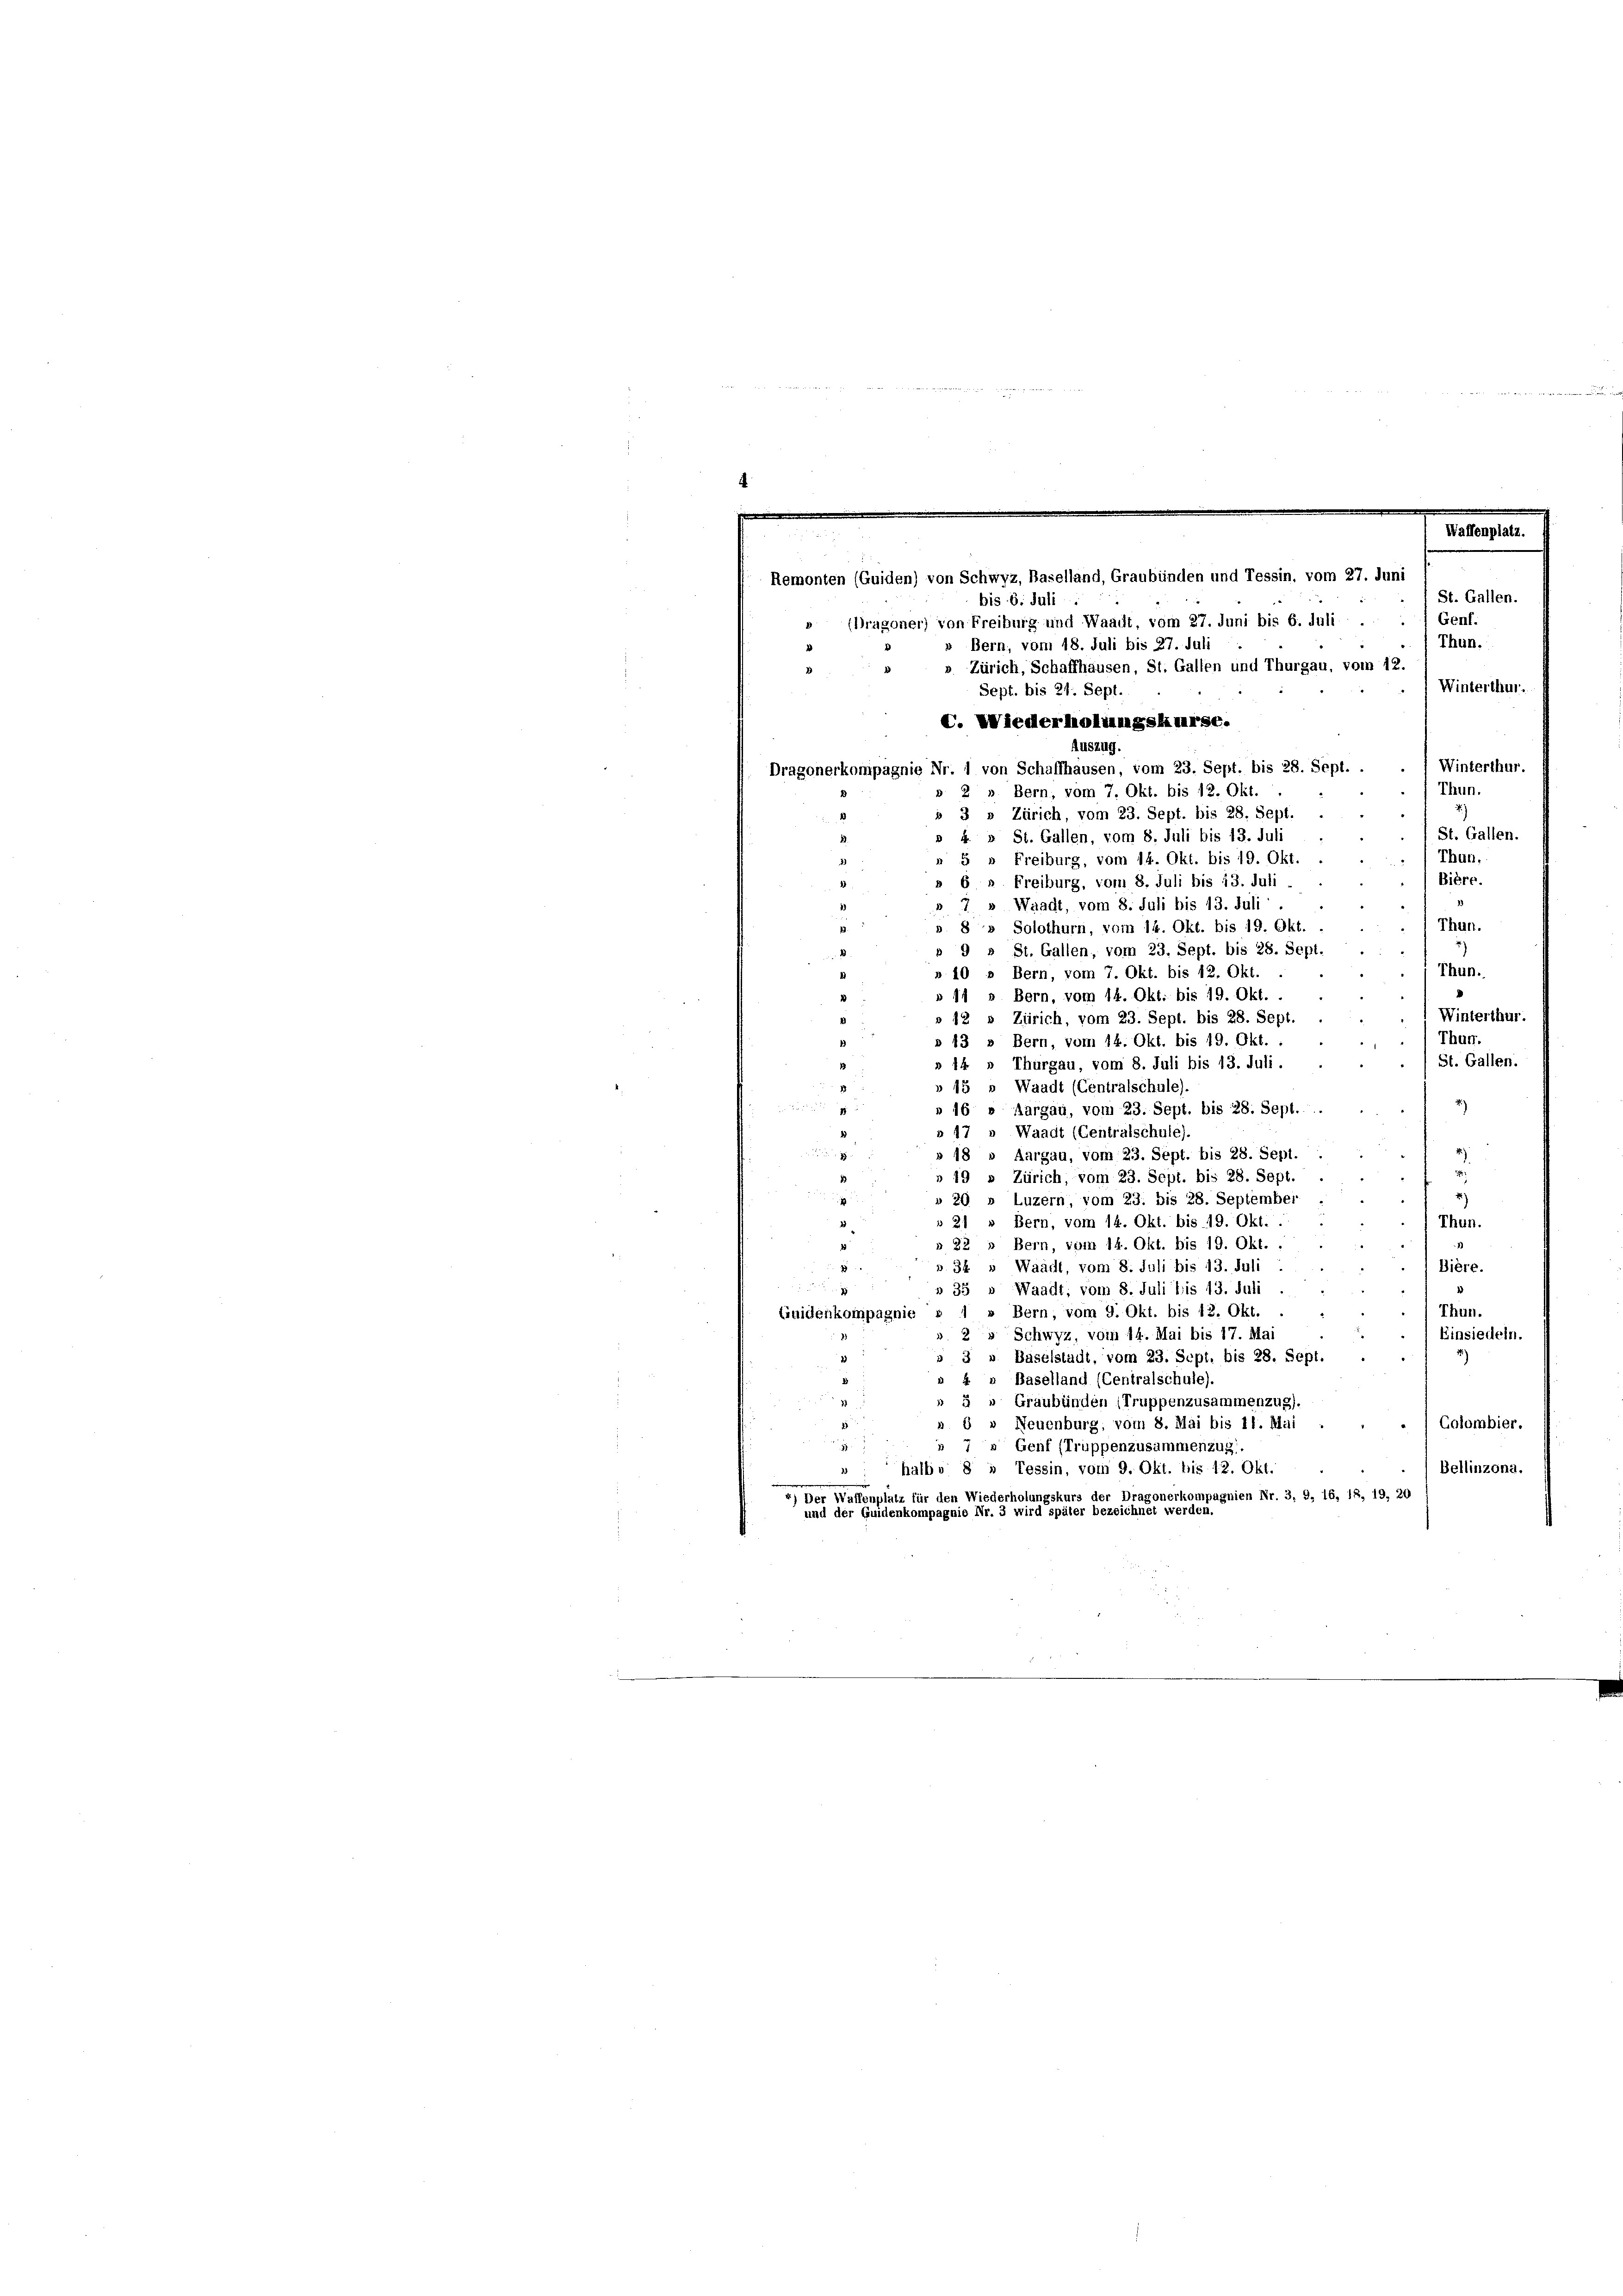
11 11 Mai 1884 28/

Thun.
» Bern, vom 18. Juli bis 27. Juli
v. Zürich, Schaffhausen, St. Gallen und Thurgau, vom 12.
.
Winterthur.
Sept. bis 21. Sept.
C. Wiederholungskurse.
Auszug.
Winterthur.
Dragonerkompagnie Nr. 1 von Schaffhausen, vom 23. Sept. bis 28. Sept. .
Thun.
Bern; vom 7. Okt. bis 12. Okt.
2
2.)
 3 » Zürich, vom 23. Sept. bis 28. Sept.
St. Gallen.
» 4. u St. Gallen, vom 8. Juli bis 13. Juli
Thun.
5 » Freiburg, vom 14. Okt. bis 19. Okt.
Bière.
6 " Freiburg, vom 8. Juli bis 13. Juli
28
7» Waadt, vom 8. Juli bis 13. Juli
Thun.
» 8» Solothurn, vom 14. Okt. bis 19. Okt.
» 9 » St. Gallen, vom 23. Sept. bis 28. Sept.
)
Thun.
» 10 » Bern, vom 7. Okt. bis 12. Okt.
2
Bern, vom 14. Okt. bis 19. Okt. .
 11
Winterthur.
12 » Zürich, vom 23. Sept. bis 28. Sept.
Thurr.
s 13 » Bern, vom 14. Okt. bis 19. Okt. .
St. Gallen.
14 » Thurgau, vom 8. Juli bis 13. Juli.
45 » Waadt (Centralschule).
2
16 » Aargau, vom 23. Sept. bis 28. Sept.
 47 » Waadt (Centralschule)
» 18 » Aargau, vom 23. Sept. bis 28. Sept.
.
» 49 » Zürich, vom 23. Sept. bis 28. Sept.
2)
20 » Luzern, vom 23. bis 28. September
Thun.
21 » Bern, vom 14. Okt. bis 19. Okt. .
» 22 " Bern, vom 14. Okt. bis 19. Okt. .
». 34 » Waadt, vom 8. Juli bis 13. Juli
Dière.
» 35 » Waadt, vom 8. Juli bis 13. Juli
Thun.
uidenkompagnie » 1 » Bern, vom 9. Okt. bis 12. Okt.
v. 25 Schwyz, vom 14. Mai bis 17. Mai
Einsiedeln.
3 » Baselstadt, vom 23. Sept. bis 28. Sept.
» 4 » Baselland (Centralschule).
5 » Graubünden (Truppenzusammenzug).
Colombier.
s 6 » Neuenburg, vom 8. Mai bis 11. Mai
.
» 7 " Genf (Truppenzusammenzug
Bellinzona.
halbe §  Tessin, vom 9. Okt. bis 12. Okt.
25
4) Der Waffenplatz für den Wiederholungskurs der Dragonerkompagnien Nr. 3, 9, 16, 18, 19, 20
und der Guidenkompagnie Nr. 3 wird später bezeichnet werden.

Waffenplatz.
Remonten (Guiden) von Schwyz, Baselland, Graubünden und Tessin, vom 27. Juni
St. Gallen.
bis 6. Juli
Genf.
 (Bragoner) von Freiburg und Waadt, vom 27. Juni bis 6. Juli